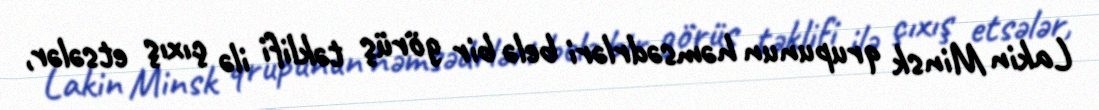
Lakin Minsk qrupunun həmsədrləri belə bir görüş təklifi ilə çıxış etsələr,